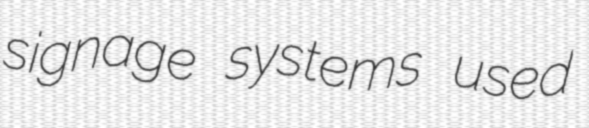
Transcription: signage systems used